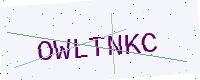
Text: OWLTNKC